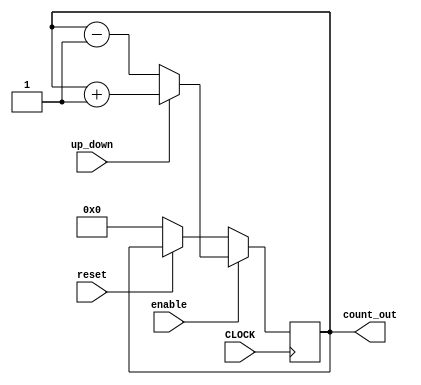
// created 17.07.2018 by Cecilia Hoeffler
// template for experiment 2
//Up-Down- Counter, you should be able to control the LEDs via the key[0] and key[1]

module updown_counter(

		input up_down, // if up_down is 1 then it counts up , else if 0 it counts down
		input CLOCK,
		input enable,
		input reset,
		output reg [7:0] count_out
		

);

	

  always @ (posedge CLOCK) // on positive clock edge
		
		begin
			
		  if(!reset)
			begin
			  count_out <= 0;
				  
			end
		
		  if(enable)
			begin
			  
			  if(up_down)
				begin
					count_out <= count_out + 1;// increment counter
				end
			  else
				begin
					count_out <= count_out - 1;// decrement counter
				end
			end
		end

  

endmodule